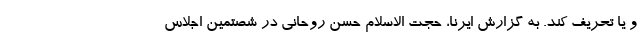
و یا تحریف کند. به گزارش ایرنا، حجت الاسلام حسن روحانی در شصتمین اجلاس